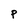
Character: p